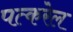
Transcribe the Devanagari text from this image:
पत्करेल